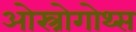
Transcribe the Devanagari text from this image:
ओस्त्रोगोथ्स